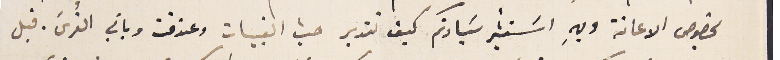
بخصوص الاعانة وبهِ اسَتشير سَيادتكم كيف تتدبر حسب القبيات وعندقت وباقي القُرى. قبل